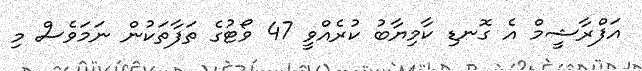
އަފްރާޝީމް އެ ގޮނޑި ކާމިޔާބު ކުރެއްވީ 47 ވޯޓުގެ ތަފާތަކުން ނަމަވެސް މި